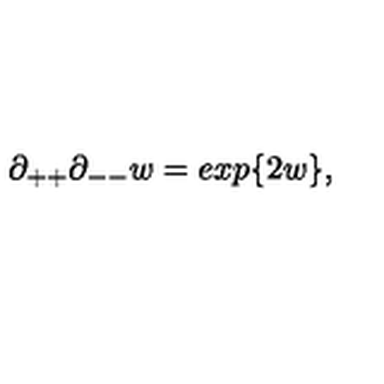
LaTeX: \partial _ { + + } \partial _ { -- } w = e x p \{ 2 w \} ,